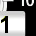
Digit: 1